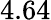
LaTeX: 4.64